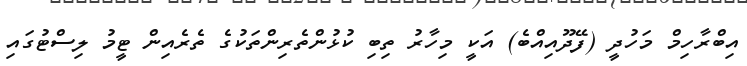
އިބްރާހިމް މަހުދީ (ފޭދޫއިއްބެ) އަކީ މިހާރު ތިބި ކުޅުންތެރިންތަކުގެ ތެރެއިން ޓީމު ލިސްޓުގައި